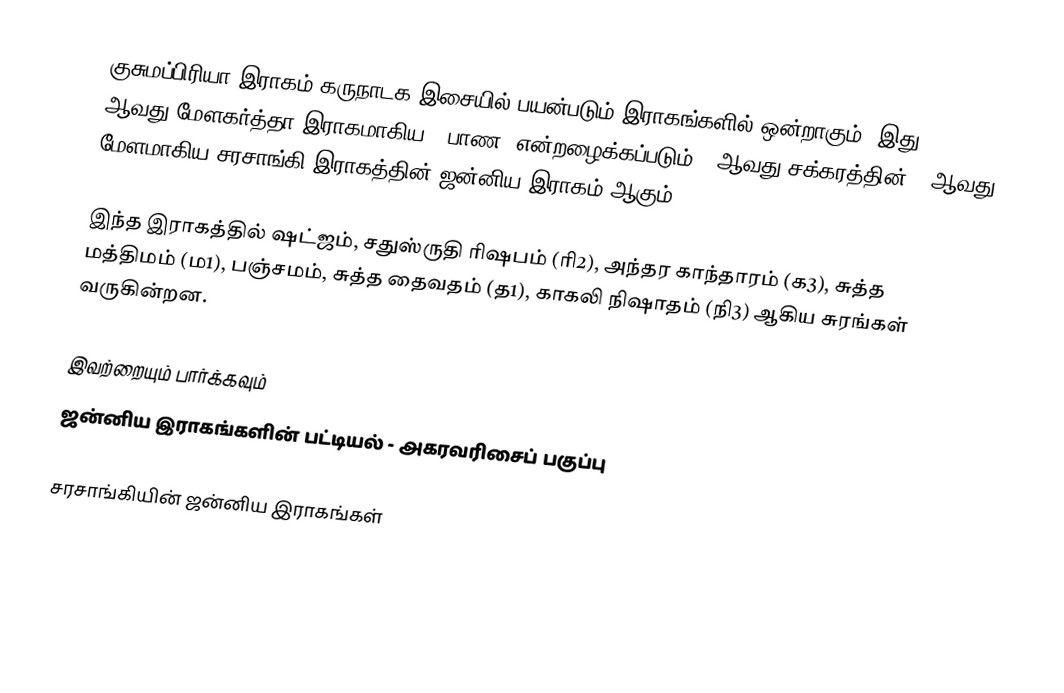
குசுமப்பிரியா இராகம் கருநாடக இசையில் பயன்படும் இராகங்களில் ஒன்றாகும். இது 27 ஆவது மேளகர்த்தா இராகமாகிய, "பாண" என்றழைக்கப்படும் 5 ஆவது சக்கரத்தின் 3 ஆவது மேளமாகிய சரசாங்கி இராகத்தின் ஜன்னிய இராகம் ஆகும்.

இந்த இராகத்தில் ஷட்ஜம், சதுஸ்ருதி ரிஷபம் (ரி2),  அந்தர காந்தாரம் (க3), சுத்த மத்திமம் (ம1), பஞ்சமம், சுத்த தைவதம் (த1), காகலி நிஷாதம்  (நி3) ஆகிய சுரங்கள் வருகின்றன.

இவற்றையும் பார்க்கவும்
 ஜன்னிய இராகங்களின் பட்டியல் - அகரவரிசைப் பகுப்பு

சரசாங்கியின் ஜன்னிய இராகங்கள்